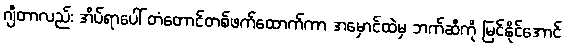
ဂျီတာလည်း အိပ်ရာပေါ် တံတောင်တစ်ဖက်ထောက်ကာ အမှောင်ထဲမှ ဘက်ဆီကို မြင်နိုင်အောင်